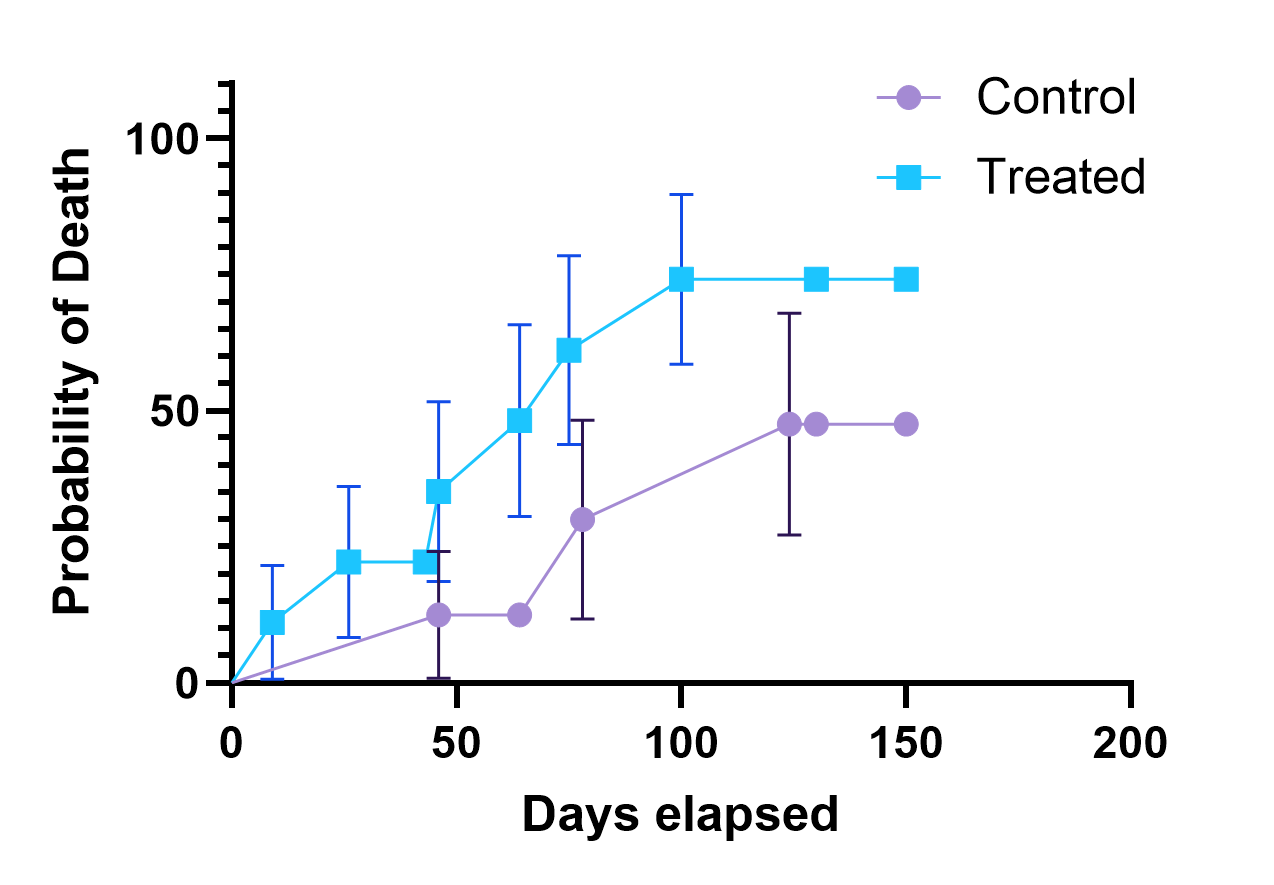
graphpad, survival, two groups, point, error bar